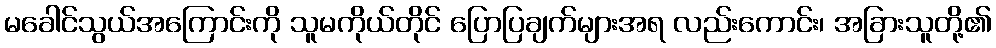
မခေါင်သွယ်အကြောင်းကို သူမကိုယ်တိုင် ပြောပြချက်များအရ လည်းကောင်း၊ အခြားသူတို့၏